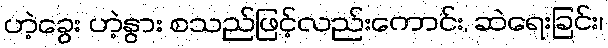
ဟဲ့ခွေး ဟဲ့နွား စသည်ဖြင့်လည်းကောင်း, ဆဲရေးခြင်း၊